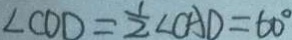
\angle C O D = \frac { 1 } { 2 } \angle C A D = 6 0 ^ { \circ }